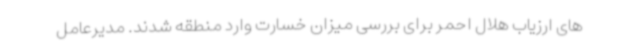
های ارزیاب هلال احمر برای بررسی میزان خسارت وارد منطقه شدند. مدیرعامل